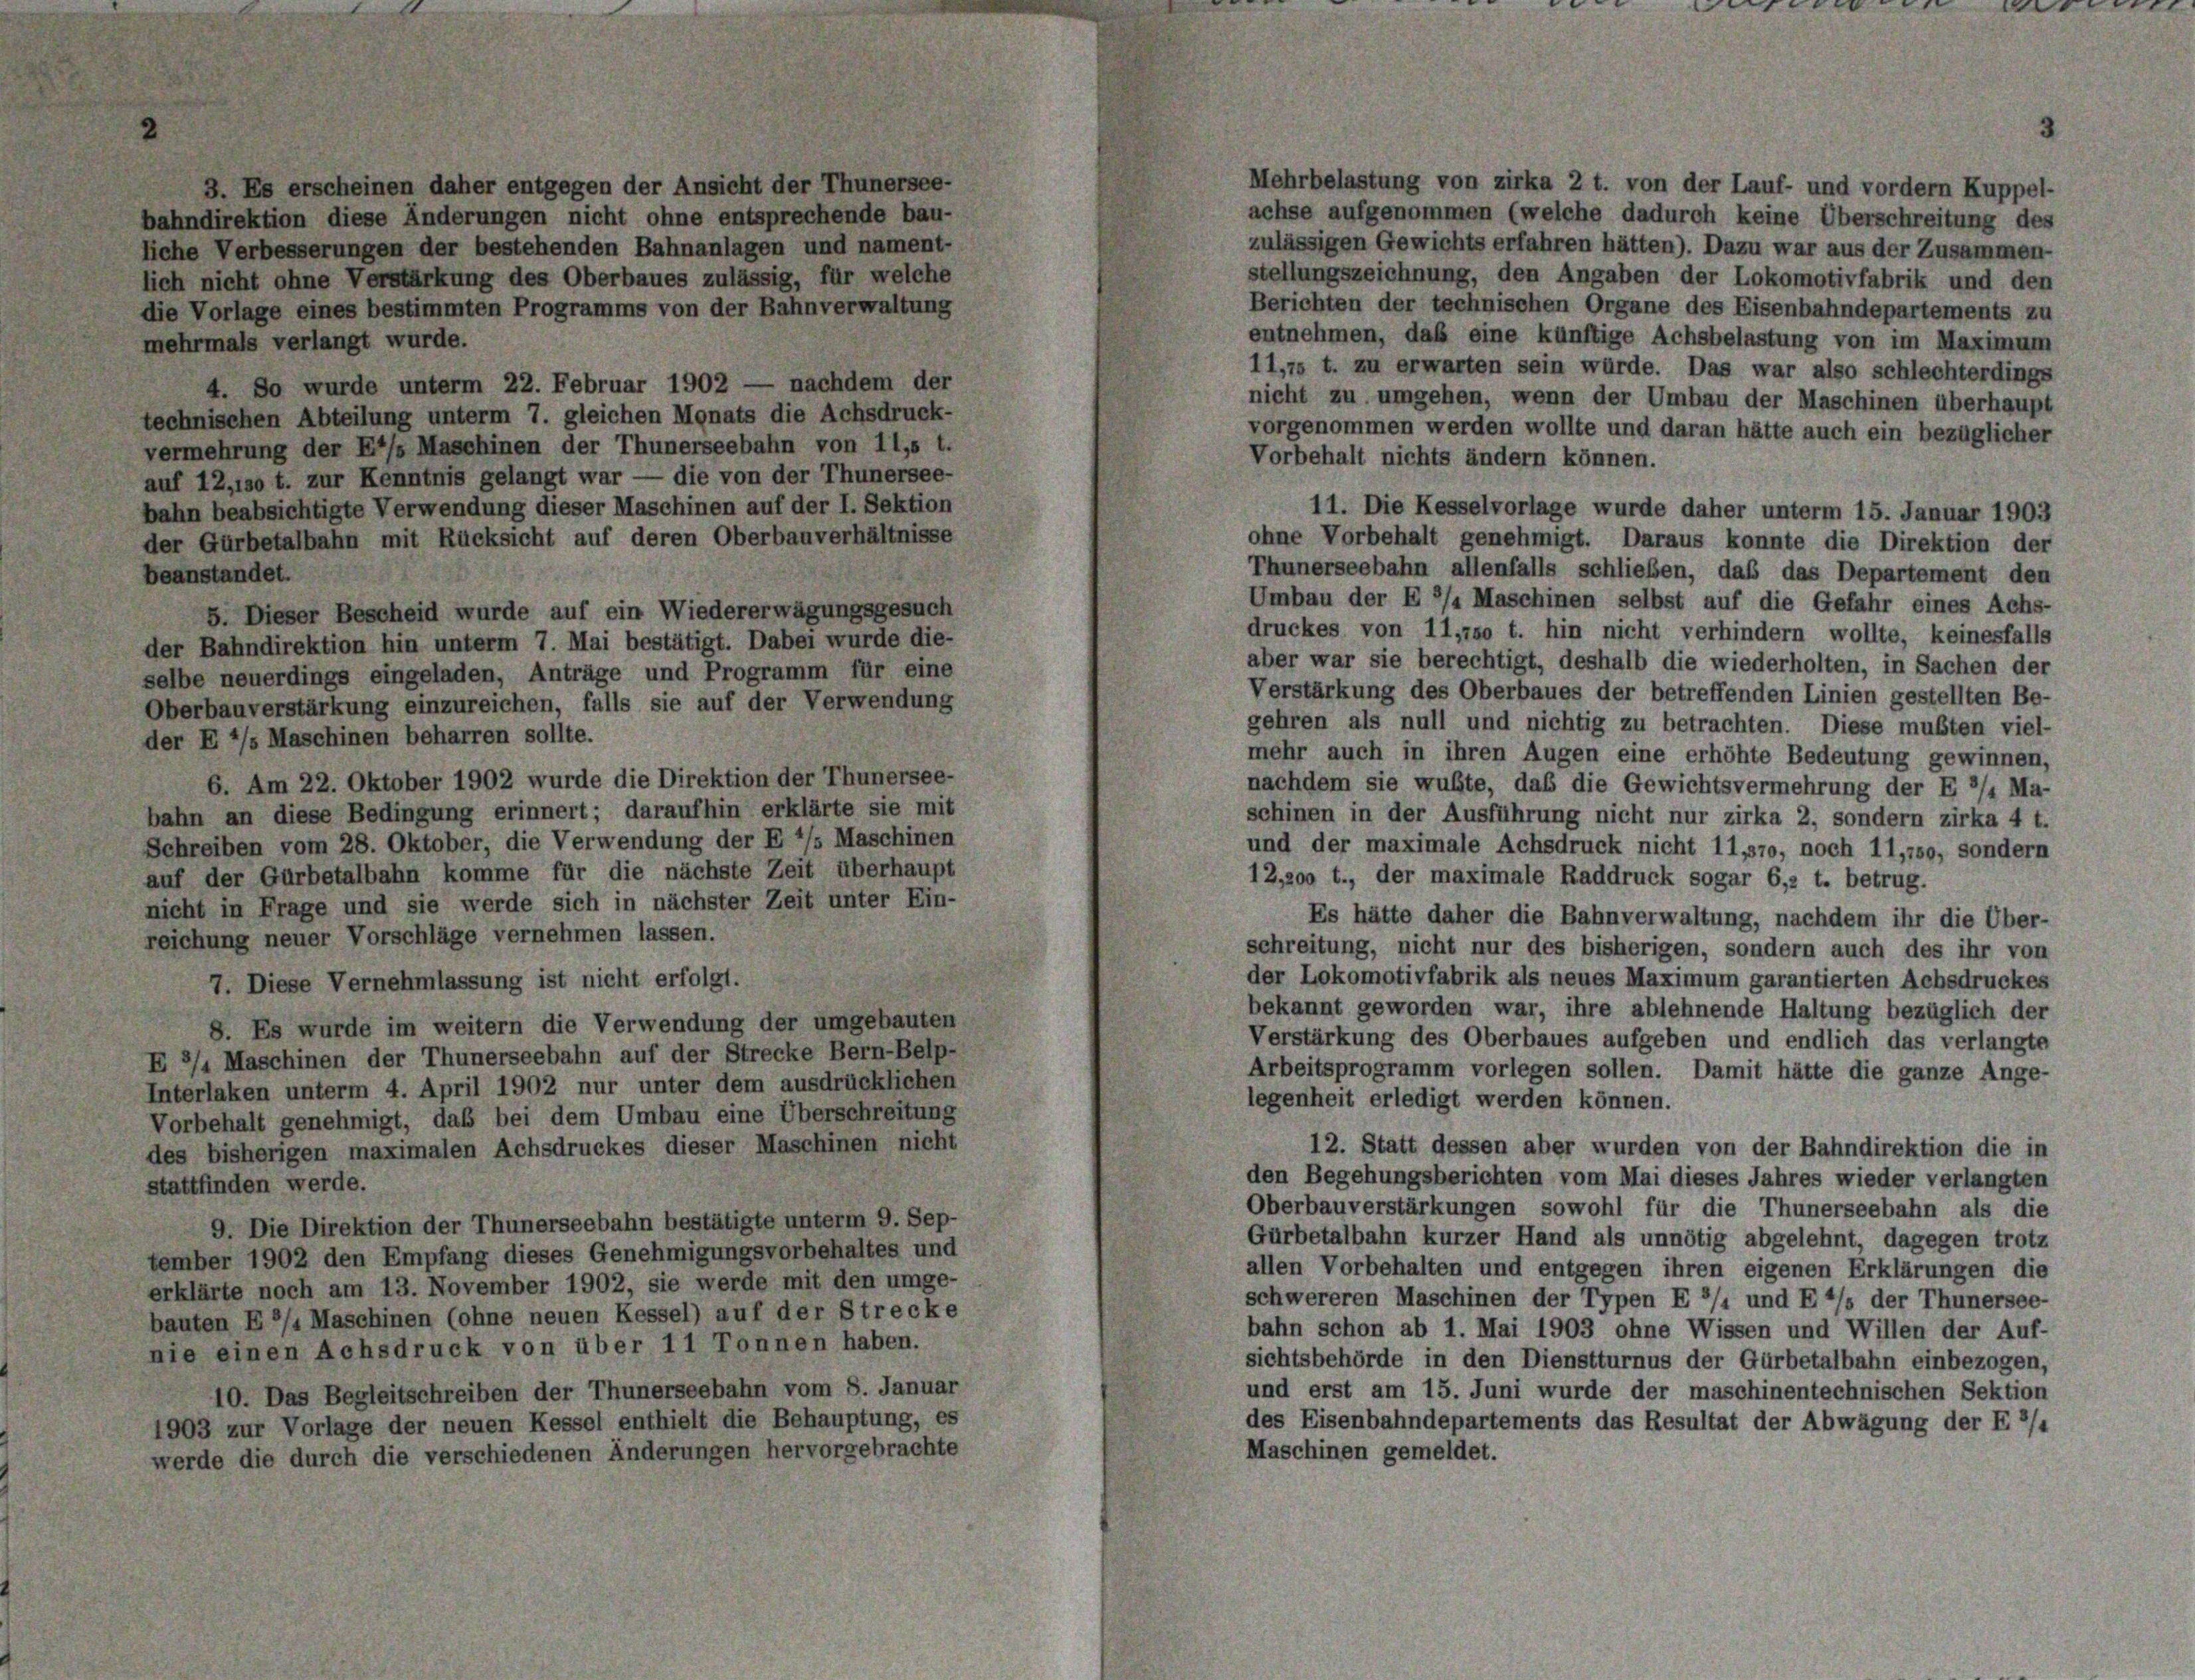
v.

t oh
ge

e Ver
res be

gegen der Ans
derungen nicht ohne

4. So wurde unterm 22. Februar 1902 — nachdem der
technischen Abteilung unterm 7. gleichen Monats die Achsdruck-
vermehrung der Ess Maschinen der Thunerseebahn von 11,5 t.
auf 12, so t. zur Kenntnis gelangt war — die von der Thunersee-
bahn beabsichtigte Verwendung dieser Maschinen auf der I. Sektion
der Gürbetalbahn mit Rücksicht auf deren Oberbauverhältnisse
beanstandet.
5. Dieser Bescheid wurde auf ein Wiedererwägungsgesuch
der Bahndirektion hin unterm 7. Mai bestätigt. Dabei wurde die-
selbe neuerdings eingeladen, Anträge und Programm für eine
Oberbauverstärkung einzureichen, falls sie auf der Verwendung
der E */s Maschinen beharren sollte.
6. Am 22. Oktober 1902 wurde die Direktion der Thunersee-
bahn an diese Bedingung erinnert; daraufhin erklärte sie mit
Schreiben vom 28. Oktober, die Verwendung der E */s Maschinen
auf der Gürbetalbahn komme für die nächste Zeit überhaupt
nicht in Frage und sie werde sich in nächster Zeit unter Ein-
reichung neuer Vorschläge vernehmen lassen.
7. Diese Vernehmlassung ist nicht erfolgt.
8. Es wurde im weitern die Verwendung der umgebauten
E 3/4 Maschinen der Thunerseebahn auf der Strecke Bern-Belp-
Interlaken unterm 4. April 1902 nur unter dem ausdrücklichen
Vorbehalt genehmigt, daß bei dem Umbau eine Überschreitung
des bisherigen maximalen Achsdruckes dieser Maschinen nicht
stattfinden werde.
9. Die Direktion der Thunerseebahn bestätigte unterm 9. Sep-
tember 1902 den Empfang dieses Genehmigungsvorbehaltes und
erklärte noch am 13. November 1902, sie werde mit den umge-
bauten E’/« Maschinen (ohne neuen Kessel) auf der Strecke
nie einen Achsdruck von über 1 1 Tonnen haben.
10. Das Begleitschreiben der Thunerseebahn vom 8. Januar
1903 zur Vorlage der neuen Kessel enthielt die Behauptung, es
werde die durch die verschiedenen Änderungen hervorgebrachte

lie

er bestehenden Bahnan
kung des Oberbaues z
amten Programms von C

u
8.

Mehrbelastung von zirka 2 t. von der Lauf- und vordern Kuppel-
achse aufgenommen (welche dadurch keine Überschreitung des
zulässigen Gewichts erfahren hätten). Dazu war aus der Zusammen-
stellungszeichnung, den Angaben der Lokomotivfabrik und den
Berichten der technischen Organe des Eisenbahndepartements zu
entnehmen, daß eine künftige Achsbelastung von im Maximum
11,15 t. zu erwarten sein würde. Das war also schlechterdings
nicht zu umgehen, wenn der Umbau der Maschinen überhaupt
vorgenommen werden wollte und daran hätte auch ein bezüglicher
Vorbehalt nichts ändern können.
11. Die Kesselvorlage wurde daher unterm 15. Januar 1903
ohne Vorbehalt genehmigt. Daraus konnte die Direktion der
Thunerseebahn allenfalls schließen, daß das Departement den
Umbau der E 8/4 Maschinen selbst auf die Gefahr eines Achs-
druckes von 11, so t. hin nicht verhindern wollte, keinesfalls
aber war sie berechtigt, deshalb die wiederholten, in Sachen der
Verstärkung des Oberbaues der betreffenden Linien gestellten Be-
gehren als null und nichtig zu betrachten. Diese mußten viel-
mehr auch in ihren Augen eine erhöhte Bedeutung gewinnen,
nachdem sie wußte, daß die Gewichtsvermehrung der E 3/4 Ma-
schinen in der Ausführung nicht nur zirka 2, sondern zirka 4 t.
und der maximale Achsdruck nicht 11,570, noch 11,so, sondern
12,200 t., der maximale Raddruck sogar 6,2 t. betrug.
Es hätte daher die Bahnverwaltung, nachdem ihr die Über-
schreitung, nicht nur des bisherigen, sondern auch des ihr von
der Lokomotivfabrik als neues Maximum garantierten Achsdruckes
bekannt geworden war, ihre ablehnende Haltung bezüglich der
Verstärkung des Oberbaues aufgeben und endlich das verlangte
Arbeitsprogramm vorlegen sollen. Damit hätte die ganze Ange-
legenheit erledigt werden können.
12. Statt dessen aber wurden von der Bahndirektion die in
den Begehungsberichten vom Mai dieses Jahres wieder verlangten
Oberbauverstärkungen sowohl für die Thunerseebahn als die
Gürbetalbahn kurzer Hand als unnötig abgelehnt, dagegen trotz
allen Vorbehalten und entgegen ihren eigenen Erklärungen die
schwereren Maschinen der Typen E ’/« und E*/s der Thunersee-
bahn schon ab 1. Mai 1903 ohne Wissen und Willen der Auf-
sichtsbehörde in den Dienstturnus der Gürbetalbahn einbezogen,
und erst am 15. Juni wurde der maschinentechnischen Sektion
des Eisenbahndepartements das Resultat der Abwägung der F 3/4
Maschinen gemeldet.